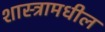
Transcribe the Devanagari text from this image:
शास्त्रामधील